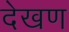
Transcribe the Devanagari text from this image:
देखण